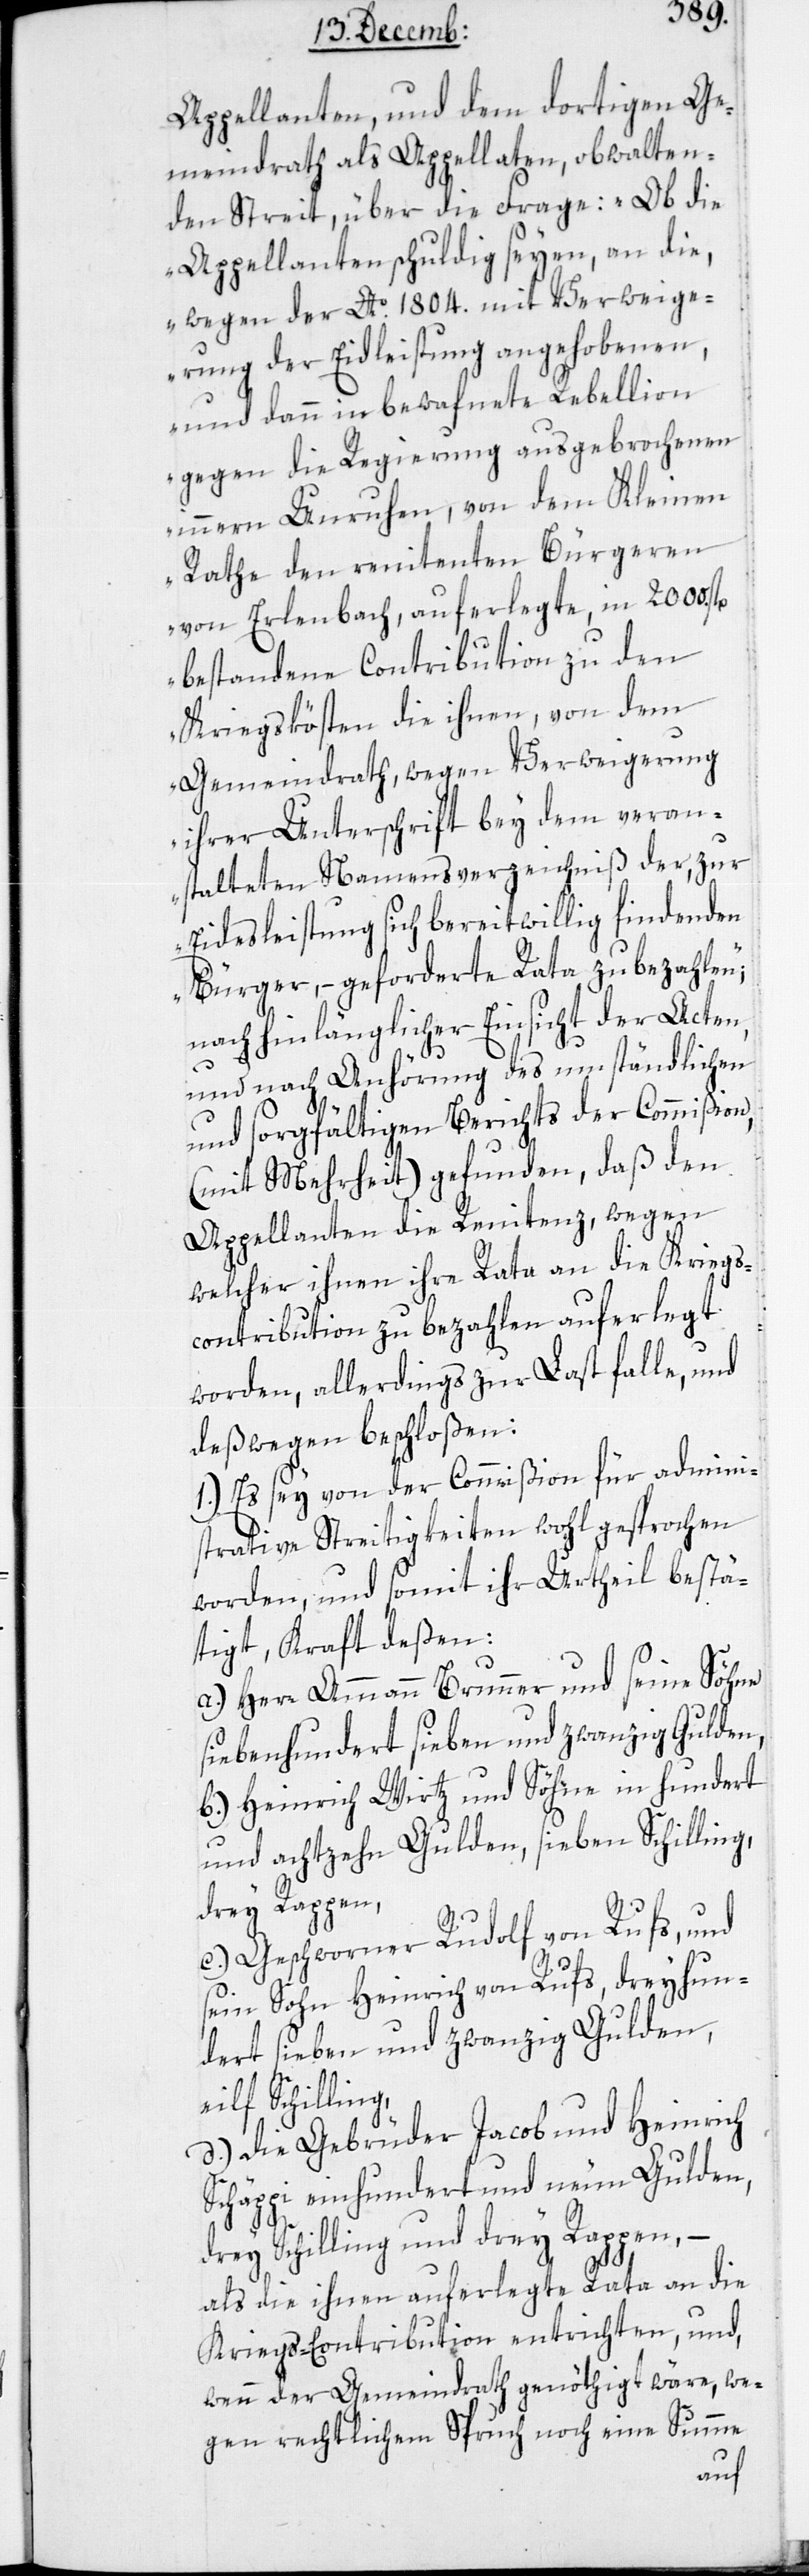
Appellanten, und dem dortigen Ge¬
meindrath als Appellaten, obwalten¬
den Streit, über die Frage: „Ob die
Appellanten schuldig seyen, an die,
wegen der Ao. 1804. mit Verweige¬
rung der Eidleistung angehobenen,
und dann in bewaffnete Rebellion
gegen die Regierung ausgebrochenen
innern Unruhen, von dem Kleinen
Rathe den renitenten Bürgeren
von Erlenbach auferlegte, in 2000.
bestandene Contribution zu den
Kriegskösten die ihnen, von dem
Gemeindrath, wegen Verweigerung
ihrer Unterschrift bey dem veran¬
stalteten Namensverzeichniß der, zur
Eidesleistung sich bereitwillig findenden
Bürger, – geforderte Rata zu bezahlen“,
nach hinlänglicher Einsicht der Acten,
und nach Anhörung des umständlichen
und sorgfältigen Berichts der Commißion,
(mit Mehrheit) gefunden, daß den
Appellanten die Renitenz, wegen
welcher ihnen ihre Rata an die Kriegs¬
contribution zu bezahlen auferlegt
worden, allerdings zur Last falle, und
deßwegen beschloßen:
1. Es sey von der Commißion für admini¬
strative Streitigkeiten wohl gesprochen
worden, und somit ihr Urtheil beßtä¬
tigt, kraft deßen:
a) Herr Ammann Brunner und seine Söhne
siebehundert sieben und zwanzig Gulden;
b) Heinrich Wirz und Söhne in hundert
und achtzehn Gulden, sieben Schilling,
drey Rappen;
c) Geschworner Rudolf von Rufs, und
sein Sohn Heinrich von Rufs, dreyhun¬
dert sieben und zwanzig Gulden,
eilf Schilling;
d) die Gebrüder Jacob und Heinrich
Schäppi einhundert und neun Gulden ,
drey Schilling und drey Rappen; –
als die ihnen auferlegte Rata an die
Kriegs-Contribution entrichten, und
wenn der Gemeindrath genöthigt wäre, we¬
gen rechtlichem Spruch noch eine Summe